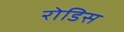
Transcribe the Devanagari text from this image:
रोडिस